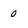
Character: 0